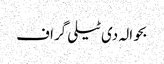
بحوالہ دی ٹیلی گراف